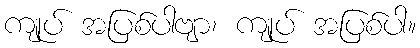
ကျုပ် အပြစ်ပါဗျာ၊ ကျုပ် အပြစ်ပါ။